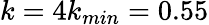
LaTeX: k=4k_{min}=0.55